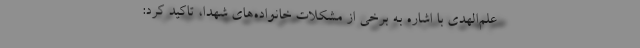
علم‌الهدی با اشاره به برخی از مشکلات خانواده‌های شهدا، تاکید کرد: